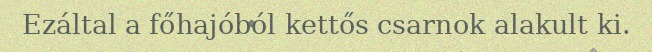
Ezáltal a főhajóból kettős csarnok alakult ki.